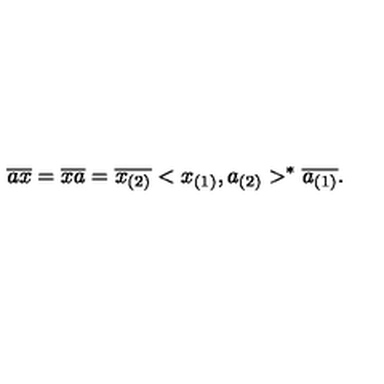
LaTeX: \overline { { a } } \overline { { x } } = \overline { { x a } } = \overline { { x _ { ( 2 ) } } } < x _ { ( 1 ) } , a _ { ( 2 ) } > ^ { * } \overline { { a _ { ( 1 ) } } } .